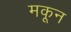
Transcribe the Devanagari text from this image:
मकून